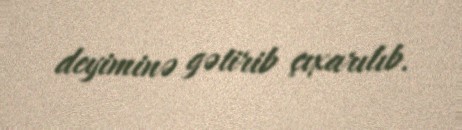
deyiminə gətirib çıxarılıb.